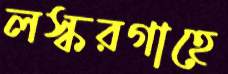
লস্করগাহে